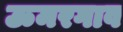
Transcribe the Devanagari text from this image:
ऊमरगाव